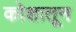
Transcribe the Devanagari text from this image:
कोशातून